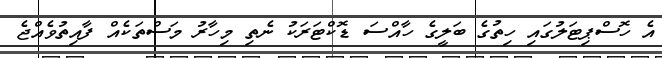
އެ ހޮސްޕިޓަލުގައި ހިތުގެ ބަލީގެ ހާއްސަ ޑޮކްޓަރަކު ނެތި މިހާރު މަސްތަކެއް ފާއިތުވެއްޖެ